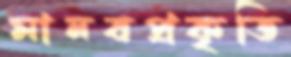
মানবপ্রকৃতি